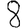
Digit: 8